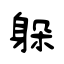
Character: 躲